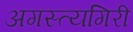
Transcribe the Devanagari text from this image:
अगस्त्यगिरी